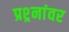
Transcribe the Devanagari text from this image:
प्रश्र्नांवर